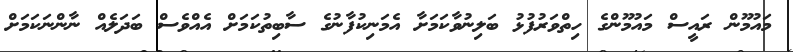
މައުމޫން ރައީސް މައުމޫންގެ ހިތްވަރުފުޅު ބަލިނުވާކަމަށާ އެމަނިކުފާނުގެ ސާބިތުކަމަށް އެއްވެސް ބަދަލެއް ނާންނަކަމަށް